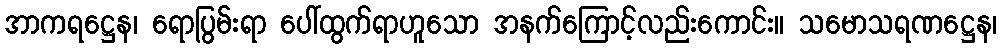
အာကရဋ္ဌေန၊ ရောပြွမ်းရာ ပေါ်ထွက်ရာဟူသော အနက်ကြောင့်လည်းကောင်း။ သမောသရဏဋ္ဌေန၊